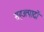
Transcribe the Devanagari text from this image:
सहउत्पादों